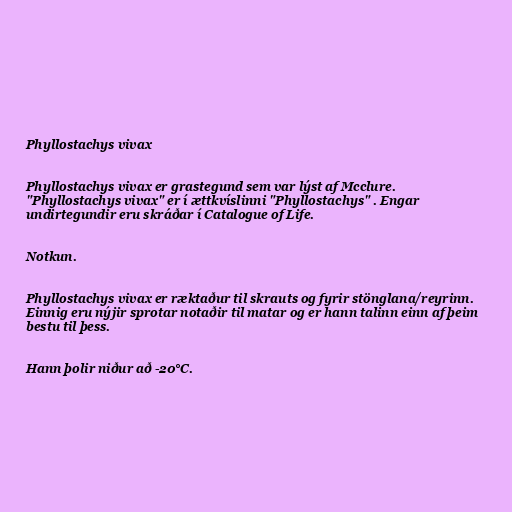
Phyllostachys vivax

Phyllostachys vivax er grastegund sem var lýst af Mcclure.
"Phyllostachys vivax" er í ættkvíslinni "Phyllostachys" . Engar
undirtegundir eru skráðar í Catalogue of Life.

Notkun.

Phyllostachys vivax er ræktaður til skrauts og fyrir stönglana/reyrinn.
Einnig eru nýjir sprotar notaðir til matar og er hann talinn einn af þeim
bestu til þess.

Hann þolir niður að -20°C.